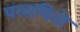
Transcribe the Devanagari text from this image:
पलायितो